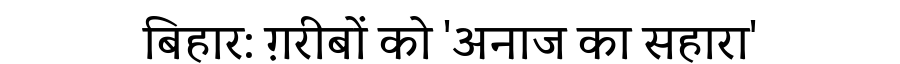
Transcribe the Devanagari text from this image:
बिहार: ग़रीबों को 'अनाज का सहारा'